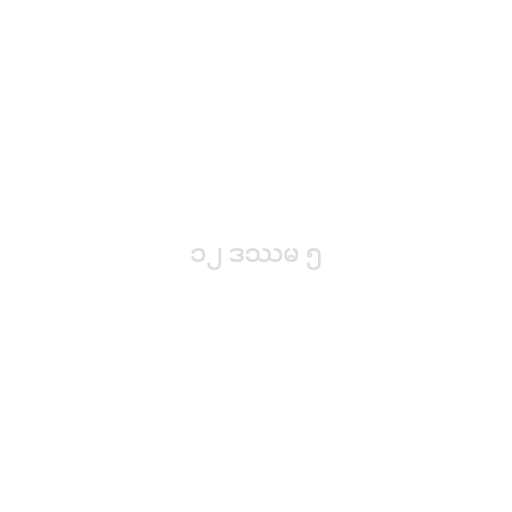
၁၂ ဒဿမ ၅